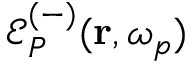
\mathcal { E } _ { P } ^ { ( - ) } ( \mathbf { r } , \omega _ { p } )